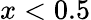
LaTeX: x<0.5